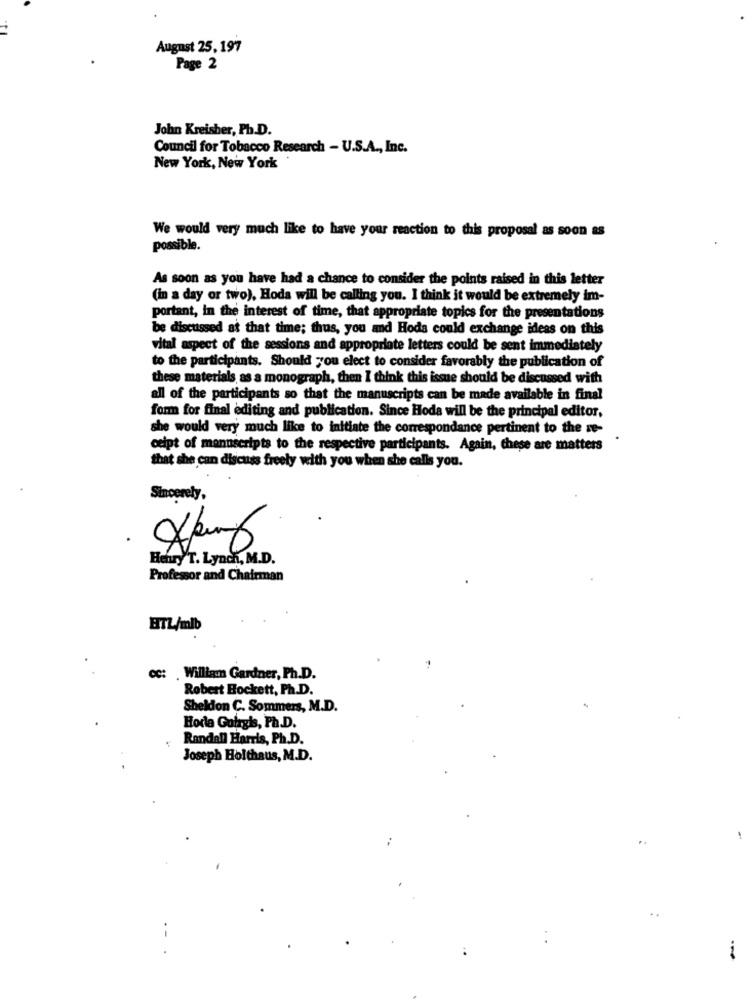
August 25, 197
Page 2
John Kreisher, Ph.D.
Council for Tobacco Research - U.S.A ., Inc.
New York, New York
We would very much like to have your reaction to this proposal as soon as
possible.
As soon as you have had a chance to consider the points raised in this letter
(in a day or two), Hoda will be calling you. I think it would be extremely im-
portant, in the interest of time, that appropriate topics for the presentations
be discussed at that time; thus, you ad Hoda could exchange ideas on this
vital aspect of the sessions and appropriate letters could be sent immediately
to the participants. Should you elect to consider favorably the publication of
these materials as a monograph, then I think this issue should be discussed with
all of the participants so that the manuscripts can be made available in final
form for final editing and publication. Since Hoda will be the principal editor,
she would very much like to initiate the correspondance pertinent to the re-
celpt of mannscripts to the respective participants. Again, these are matters
that she can discuss freely with you when she calls you.
Sincerely,
Heury'T. Lynch, M.D.
Professor and Chairman
ETL/mlb
cc: . William Gardner, Ph.D.
Robert Hockett, Ph.D.
Sheldon C. Sommers, M.D.
Hoda Gohrgis, Ph.D.
Randall Harris, Ph.D.
Joseph Holthaus, M.D.
..